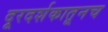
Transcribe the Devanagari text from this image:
दूरदर्शकातूनच